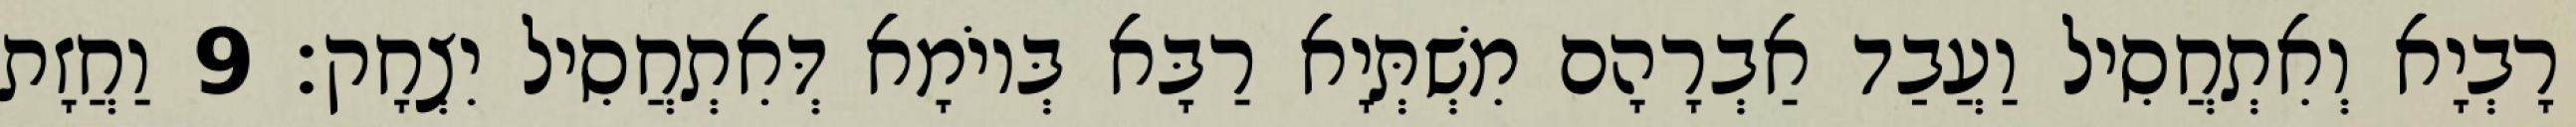
רָבְיָא וְאִתְחֲסִיל וַעֲבַד אַבְרָהָם מִשְׁתְּיָא רַבָּא בְּיוֹמָא דְּאִתְחֲסִיל יִצְחָק׃ 9 וַחֲזָת